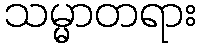
သမ္မာတရား